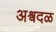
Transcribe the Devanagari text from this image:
अश्वदळ